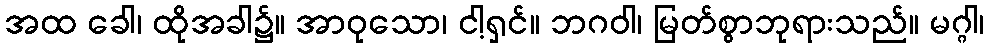
အထ ခေါ၊ ထိုအခါ၌။ အာဝုသော၊ ငါ့ရှင်။ ဘဂဝါ၊ မြတ်စွာဘုရားသည်။ မဂ္ဂါ၊